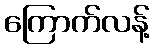
ကြောက်လန့်